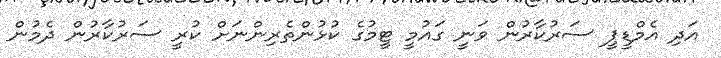
އަދި އެމްޑީޕީ ސަރުކާރުން ވަނީ ގައުމީ ޓީމުގެ ކުޅުންތެރިންނަށް ކުރީ ސަރުކާރުން ދެމުން